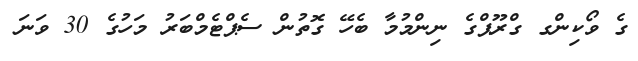
ގެ ވޯކިންގ ގްރޫޕްގެ ނިންމުމާ ބެހޭ ގޮތުން ސެޕްޓެމްބަރު މަހުގެ 30 ވަނަ